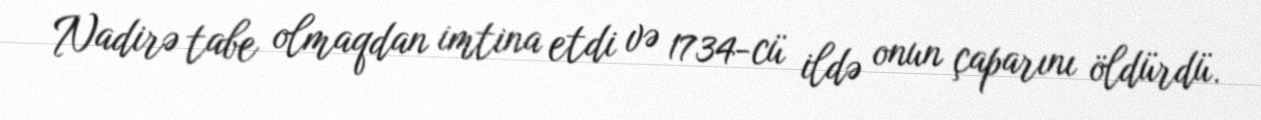
Nadirə tabe olmaqdan imtina etdi və 1734-cü ildə onun çaparını öldürdü.